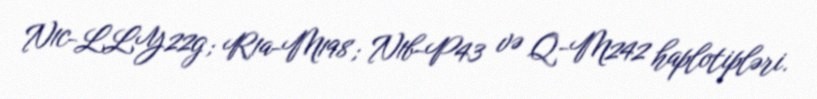
N1c-LLY22g; R1a-M198; N1b-P43 və Q-M242 haplotipləri.